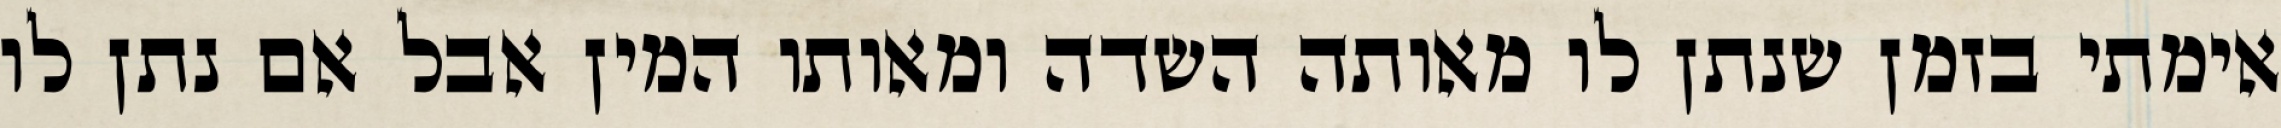
אימתי בזמן שנתן לו מאותה השדה ומאותו המין אבל אם נתן לו